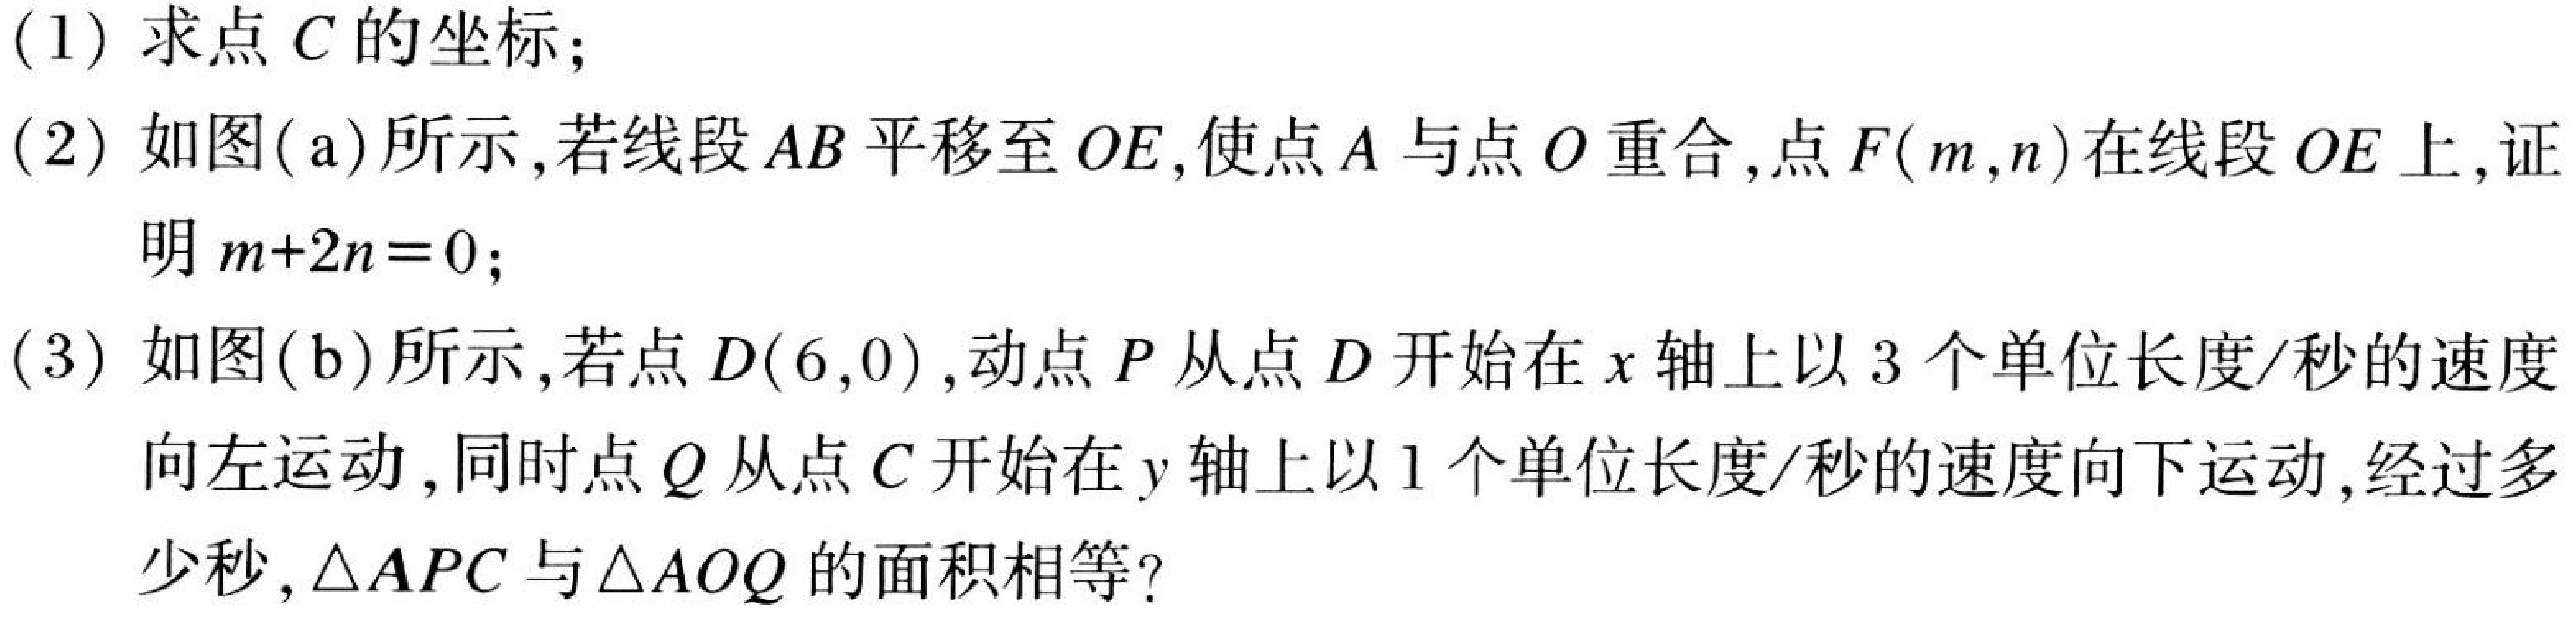
(1) 求点\(C\)的坐标；
(2) 如图(a)所示,若线段\(AB\)平移至\(OE\),使点\(A\)与点\(O\)重合,点\(F(m,n)\)在线段\(OE\)上,证
明\(m + 2n=0\)；
(3) 如图(b)所示,若点\(D(6,0)\),动点\(P\)从点\(D\)开始在\(x\)轴上以\(3\)个单位长度/秒的速度
向左运动, 同时点\(Q\)从点\(C\)开始在\(y\)轴上以\(1\)个单位长度/秒的速度向下运动,经过多
少秒,\(\triangle APC\)与\(\triangle AOQ\)的面积相等?